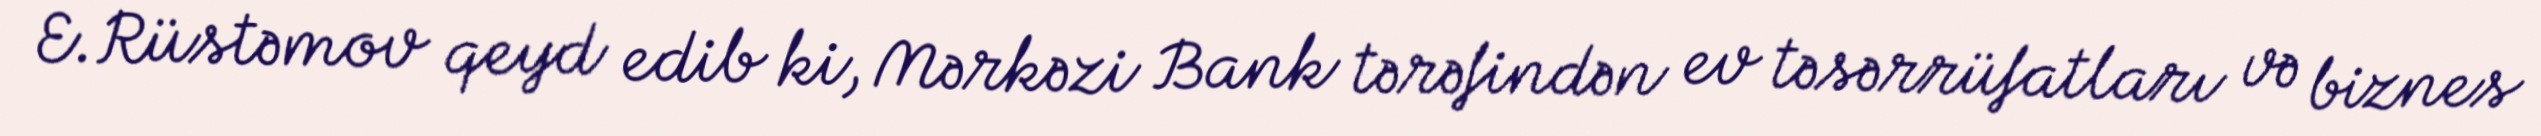
E.Rüstəmov qeyd edib ki, Mərkəzi Bank tərəfindən ev təsərrüfatları və biznes